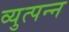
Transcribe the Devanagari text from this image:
व्‍युत्‍पन्‍न